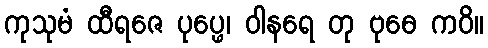
ကုသုမံ ထီရဇေ ပုပ္ဖေ၊ ဝါနရေ တု ဗုဓေ ကဝိ။